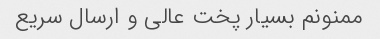
ممنونم بسیار پخت عالی و ارسال سریع